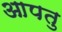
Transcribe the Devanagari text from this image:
आपतु